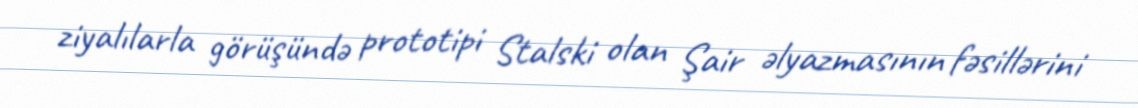
ziyalılarla görüşündə prototipi Stalski olan Şair əlyazmasının fəsillərini